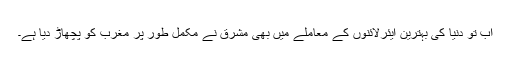
اب تو دنیا کی بہترین ایئرلائنوں کے معاملے میں بھی مشرق نے مکمل طور پر مغرب کو پچھاڑ دیا ہے۔